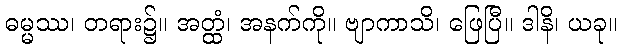
ဓမ္မဿ၊ တရား၌။ အတ္ထံ၊ အနက်ကို။ ဗျာကာသိ၊ ဖြေပြီ။ ဒါနိ၊ ယခု။